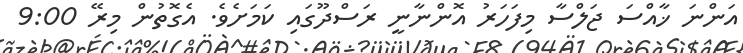
އަންނަ ޚާއްސަ ޖަލްސާ މިފަހަރު އޮންނާނީ ރަސްދޫގައި ކަމަށެވެ. އެގޮތުން މިރޭ 9:00